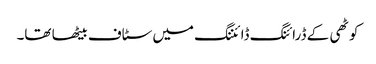
کوٹھی کے ڈرائنگ ڈائننگ میں سٹاف بیٹھا تھا۔